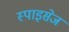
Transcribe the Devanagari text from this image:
स्पाइसेज